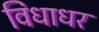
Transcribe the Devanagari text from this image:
विधाधर